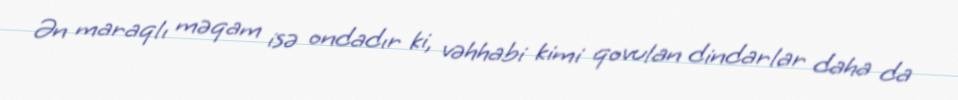
Ən maraqlı məqam isə ondadır ki, vəhhabi kimi qovulan dindarlar daha da